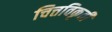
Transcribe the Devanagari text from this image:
चित्तविकृती